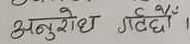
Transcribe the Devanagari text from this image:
अनुरोध गर्दछौँ।